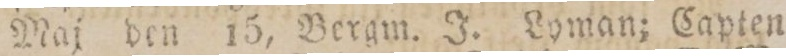
Maj    den    15,    Bergm. J. Lyman; Capten